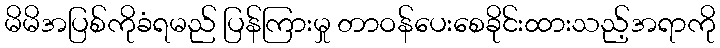
မိမိအပြစ်ကိုခံရမည် ပြန်ကြားမှု တာဝန်ပေးစေခိုင်းထားသည့်အရာကို